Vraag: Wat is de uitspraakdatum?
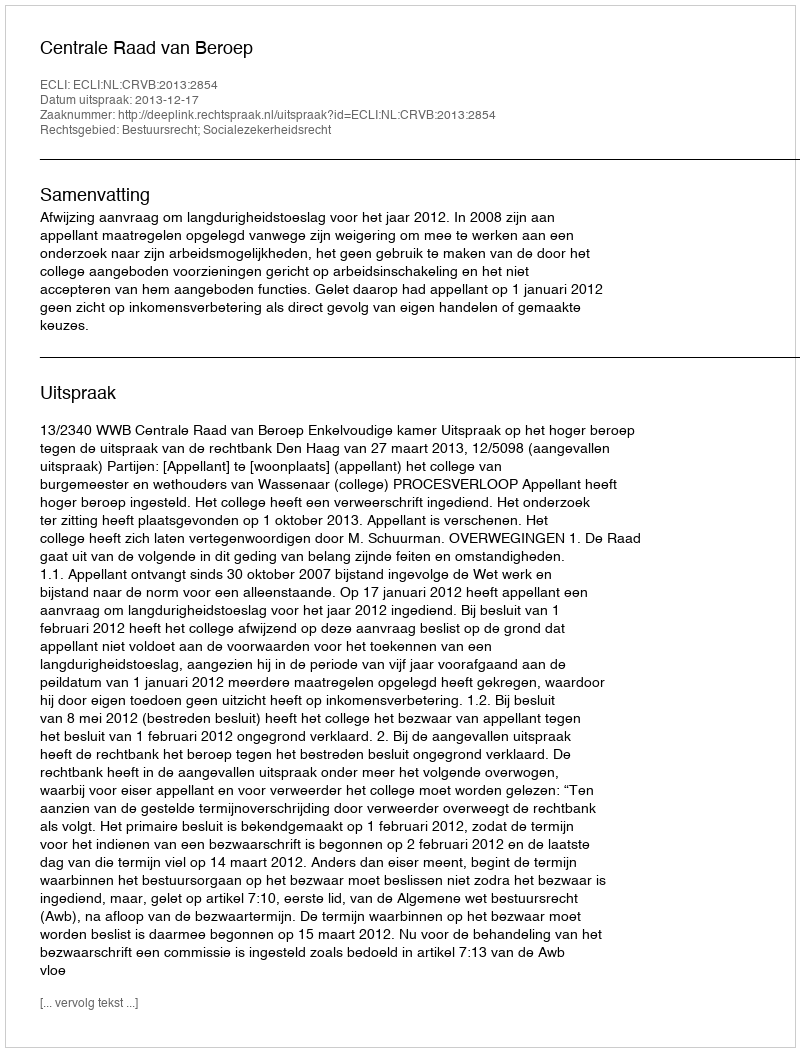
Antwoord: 2013-12-17